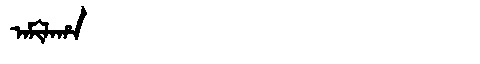
Manchu: ᠠᠮᡳᠯᠠᡥᠠ
Romanization: AMILAHA